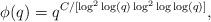
LaTeX: \begin{align*}\phi(q) = q^{C/[\log^2\log(q)\log^2\log\log(q)]},\end{align*}